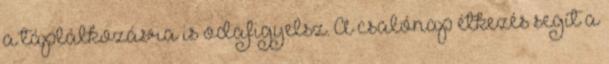
a táplálkozásra is odafigyelsz. A csalónap étkezés segít a